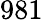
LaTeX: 981